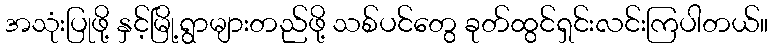
အသုံးပြုဖို့ နှင့်မြို့ရွာများတည်ဖို့ သစ်ပင်တွေ ခုတ်ထွင်ရှင်းလင်းကြပါတယ်။